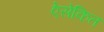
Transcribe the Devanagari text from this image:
ऐसेकित